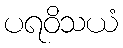
ပရဝိသယံ